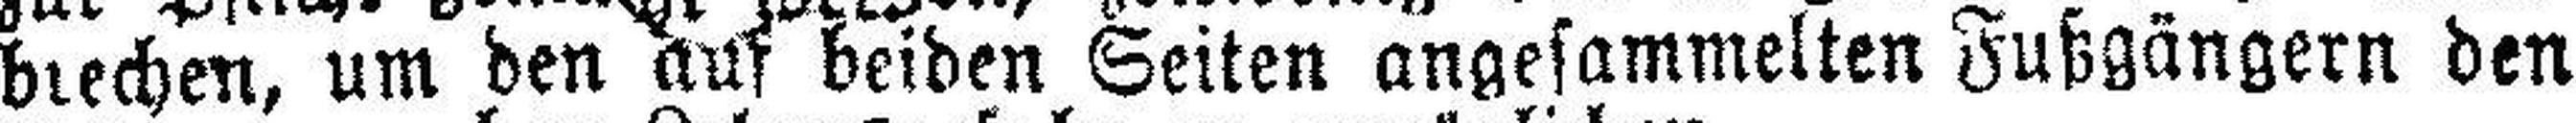
brechen, um den auf beiden Seiten angesammelten Fußgängern den